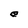
Character: e